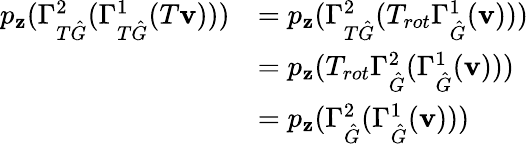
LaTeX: \begin{array}{rl}{p_{\mathbf{z}}(\Gamma_{T\hat{G}}^{2}(\Gamma_{T\hat{G}}^{1}(T\mathbf{v})))}&{=p_{\mathbf{z}}(\Gamma_{T\hat{G}}^{2}(T_{rot}\Gamma_{\hat{G}}^{1}(\mathbf{v})))}\\ &{=p_{\mathbf{z}}(T_{rot}\Gamma_{\hat{G}}^{2}(\Gamma_{\hat{G}}^{1}(\mathbf{v})))}\\ &{=p_{\mathbf{z}}(\Gamma_{\hat{G}}^{2}(\Gamma_{\hat{G}}^{1}(\mathbf{v})))}\end{array}